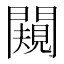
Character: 闚